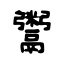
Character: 鬻